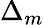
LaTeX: \Delta_{m}